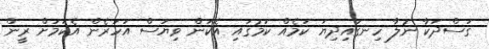
ގަސްދަކާ ނުލާ ހިނގައިދިޔަ ކަމެއް ކަމުގައި އެކަން ވިޔަސް އަހަރެން އެކަމަށް ރީން